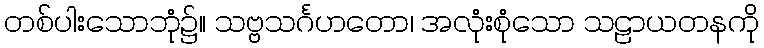
တစ်ပါးသောဘုံ၌။ သဗ္ဗသင်္ဂဟတော၊ အလုံးစုံသော သဠာယတနကို